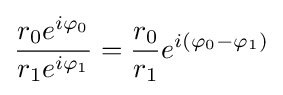
{\frac {r_{0}e^{i\varphi _{0}}}{r_{1}e^{i\varphi _{1}}}}={\frac {r_{0}}{r_{1}}}e^{i(\varphi _{0}-\varphi _{1})}